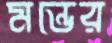
মন্ডের